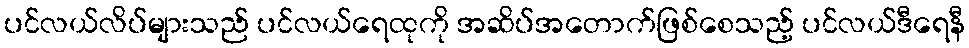
ပင်လယ်လိပ်များသည် ပင်လယ်ရေထုကို အဆိပ်အတောက်ဖြစ်စေသည့် ပင်လယ်ဒီရေနီ